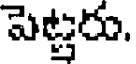
పెట్టరు.